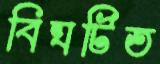
বিঘটিত